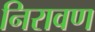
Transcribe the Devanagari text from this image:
निरावण